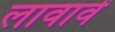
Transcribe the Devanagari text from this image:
लावावें